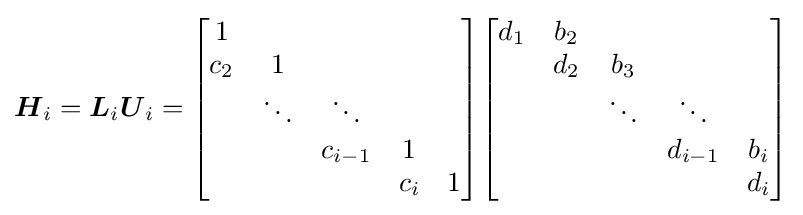
{\boldsymbol {H}}_{i}={\boldsymbol {L}}_{i}{\boldsymbol {U}}_{i}={\begin{bmatrix}1\\c_{2}&1\\&\ddots &\ddots \\&&c_{i-1}&1\\&&&c_{i}&1\end{bmatrix}}{\begin{bmatrix}d_{1}&b_{2}\\&d_{2}&b_{3}\\&&\ddots &\ddots \\&&&d_{i-1}&b_{i}\\&&&&d_{i}\end{bmatrix}}